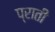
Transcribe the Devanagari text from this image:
प्राती